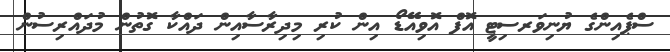
ސްޕެއިންގެ ޔުނިވަރސިޓީ އޮފް އޮވިއޭޑޯ އިން ކުރި މިދިރާސާއިން ދައްކާ ގޮތުން މުދައްރިސުން